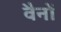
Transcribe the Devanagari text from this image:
वैनों